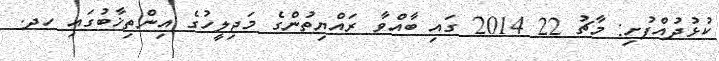
ކުޅުދުއްފުށި: މާޗު 22 2014 ގައި ބާއްވާ ރައްޔިތުންގެ މަޖިލީހުގެ އިންތިޚާބުގައި ހދ.